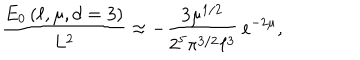
LaTeX: \frac { E _ { 0 } \left( \ell , \mu , d = 3 \right) } { L ^ { 2 } } \approx - \frac { 3 \mu ^ { 1 / 2 } } { 2 ^ { 5 } \pi ^ { 3 / 2 } \ell ^ { 3 } } \, e ^ { - 2 \mu } ,